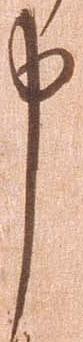
申